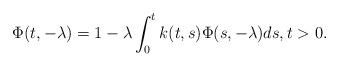
LaTeX: \begin{align*}\Phi(t,-\lambda)=1-\lambda\int_0^t k(t,s)\Phi(s,-\lambda)ds,t>0.\end{align*}